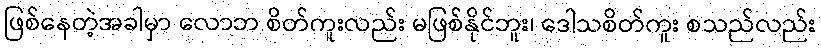
ဖြစ်နေတဲ့အခါမှာ လောဘ စိတ်ကူးလည်း မဖြစ်နိုင်ဘူး၊ ဒေါသစိတ်ကူး စသည်လည်း